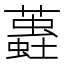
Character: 𧒨